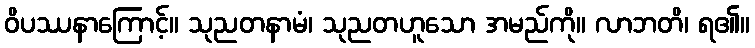
ဝိပဿနာကြောင့်။ သုညတနာမံ၊ သုညတဟူသော အမည်ကို။ လာဘတိ၊ ရ၏။